Leaving Certificate Examination, 1919
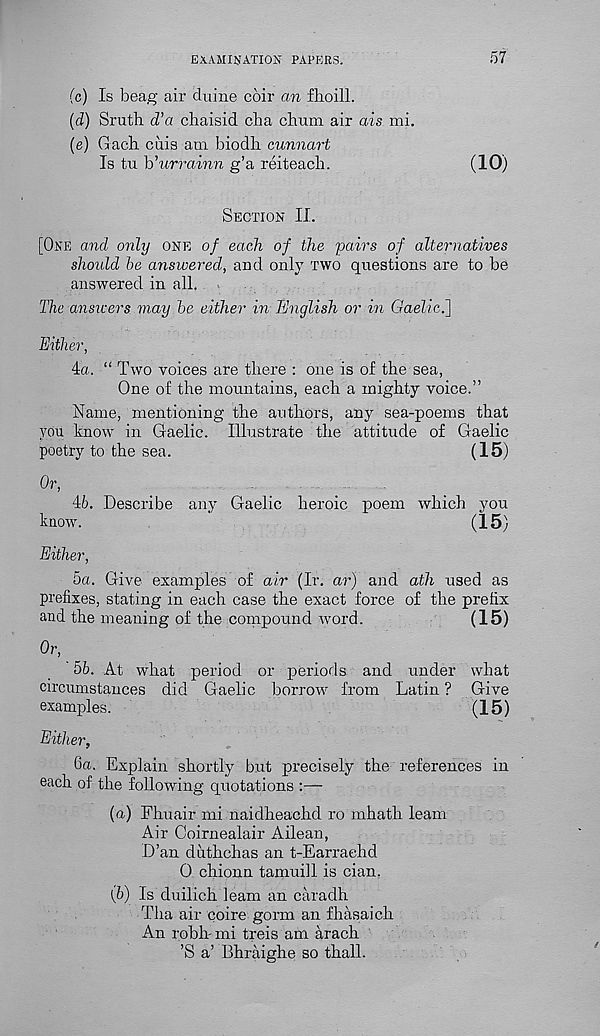
EXAMINATION PAPERS.
57
(c) Is beag air duine coir an flioill.
(d) Sruth. d’a chaisid cba chum air ais mi.
(e) Gach ciiis am biodh cunnart
Is tu h’urrainn g’a reiteacb.
(10)
Section II.
[One and only one of each of the pairs of alternatives
shoidd he answered, and only two questions are to be
answered in all.
The answers may he either in English or in Gaelicf\
Either,
4a. “ Two voices are there : one is of the sea,
One of the mountains, each a mighty voice.”
Name, mentioning the authors, any sea-poems that
you know in Gaelic. Illustrate the attitude of Gaelic
poetry to the sea.
(15)
Or,
46. Describe any Gaelic heroic poem which you
know.
(15)
Either,
5a. Give examples of air (Ir. ar) and ath used as
prefixes, stating in each case the exact force of the prefix
and the meaning of the compound word.
(15)
Or,
56. At what period or periods and under what
circumstances did Gaelic borrow from Latin ? Give
examples.
(15)
Either,
6a. Explain shortly but precisely the references in
each of the following quotations :—
(а) Fhuair mi naidheachd ro mhath learn
Air Coirnealair Ailean,
D’an duthchas an t-Earrachd
0 chionn tamuill is cian.
(б) Is duilich learn an caradh
Tha air coire gorm an fhasaich
An robh mi treis am arach
’S a’ Bhraighe so thall.